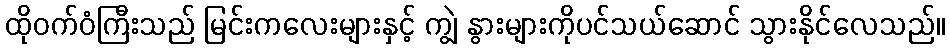
ထိုဝက်ဝံကြီးသည် မြင်းကလေးများနှင့် ကျွဲ နွားများကိုပင်သယ်ဆောင် သွားနိုင်လေသည်။